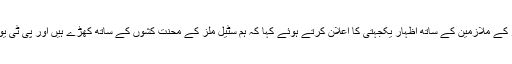
پاکستان ٹریڈ یونین ڈیفنس کمپیئن کی جانب سے مرکزی جنرل سیکرٹری قمر الزمان خان نے سٹیل ملز کے ملازمین کے ساتھ اظہار یکجہتی کا اعلان کرتے ہوئے کہا کہ ہم سٹیل ملز کے محنت کشوں کے ساتھ کھڑے ہیں اور پی ٹی یو ڈی سی سٹیل ملز کے محنت کشوں کے لئے پورے پاکستان میں احتجاجات کا سلسلہ شروع کرے گی۔